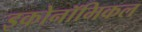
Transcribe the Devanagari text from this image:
इकोनॉमिकल